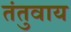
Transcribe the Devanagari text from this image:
तंतुवाय